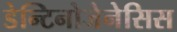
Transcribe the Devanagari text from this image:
डेन्टिनोजेनेसिस